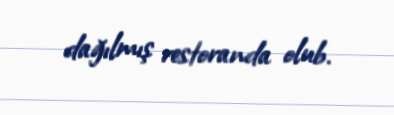
dağılmış restoranda olub.